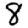
Digit: 8